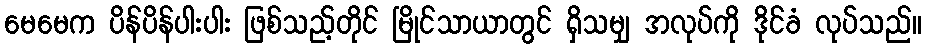
မေမေက ပိန်ပိန်ပါးပါး ဖြစ်သည့်တိုင် မြိုင်သာယာတွင် ရှိသမျှ အလုပ်ကို ဒိုင်ခံ လုပ်သည်။